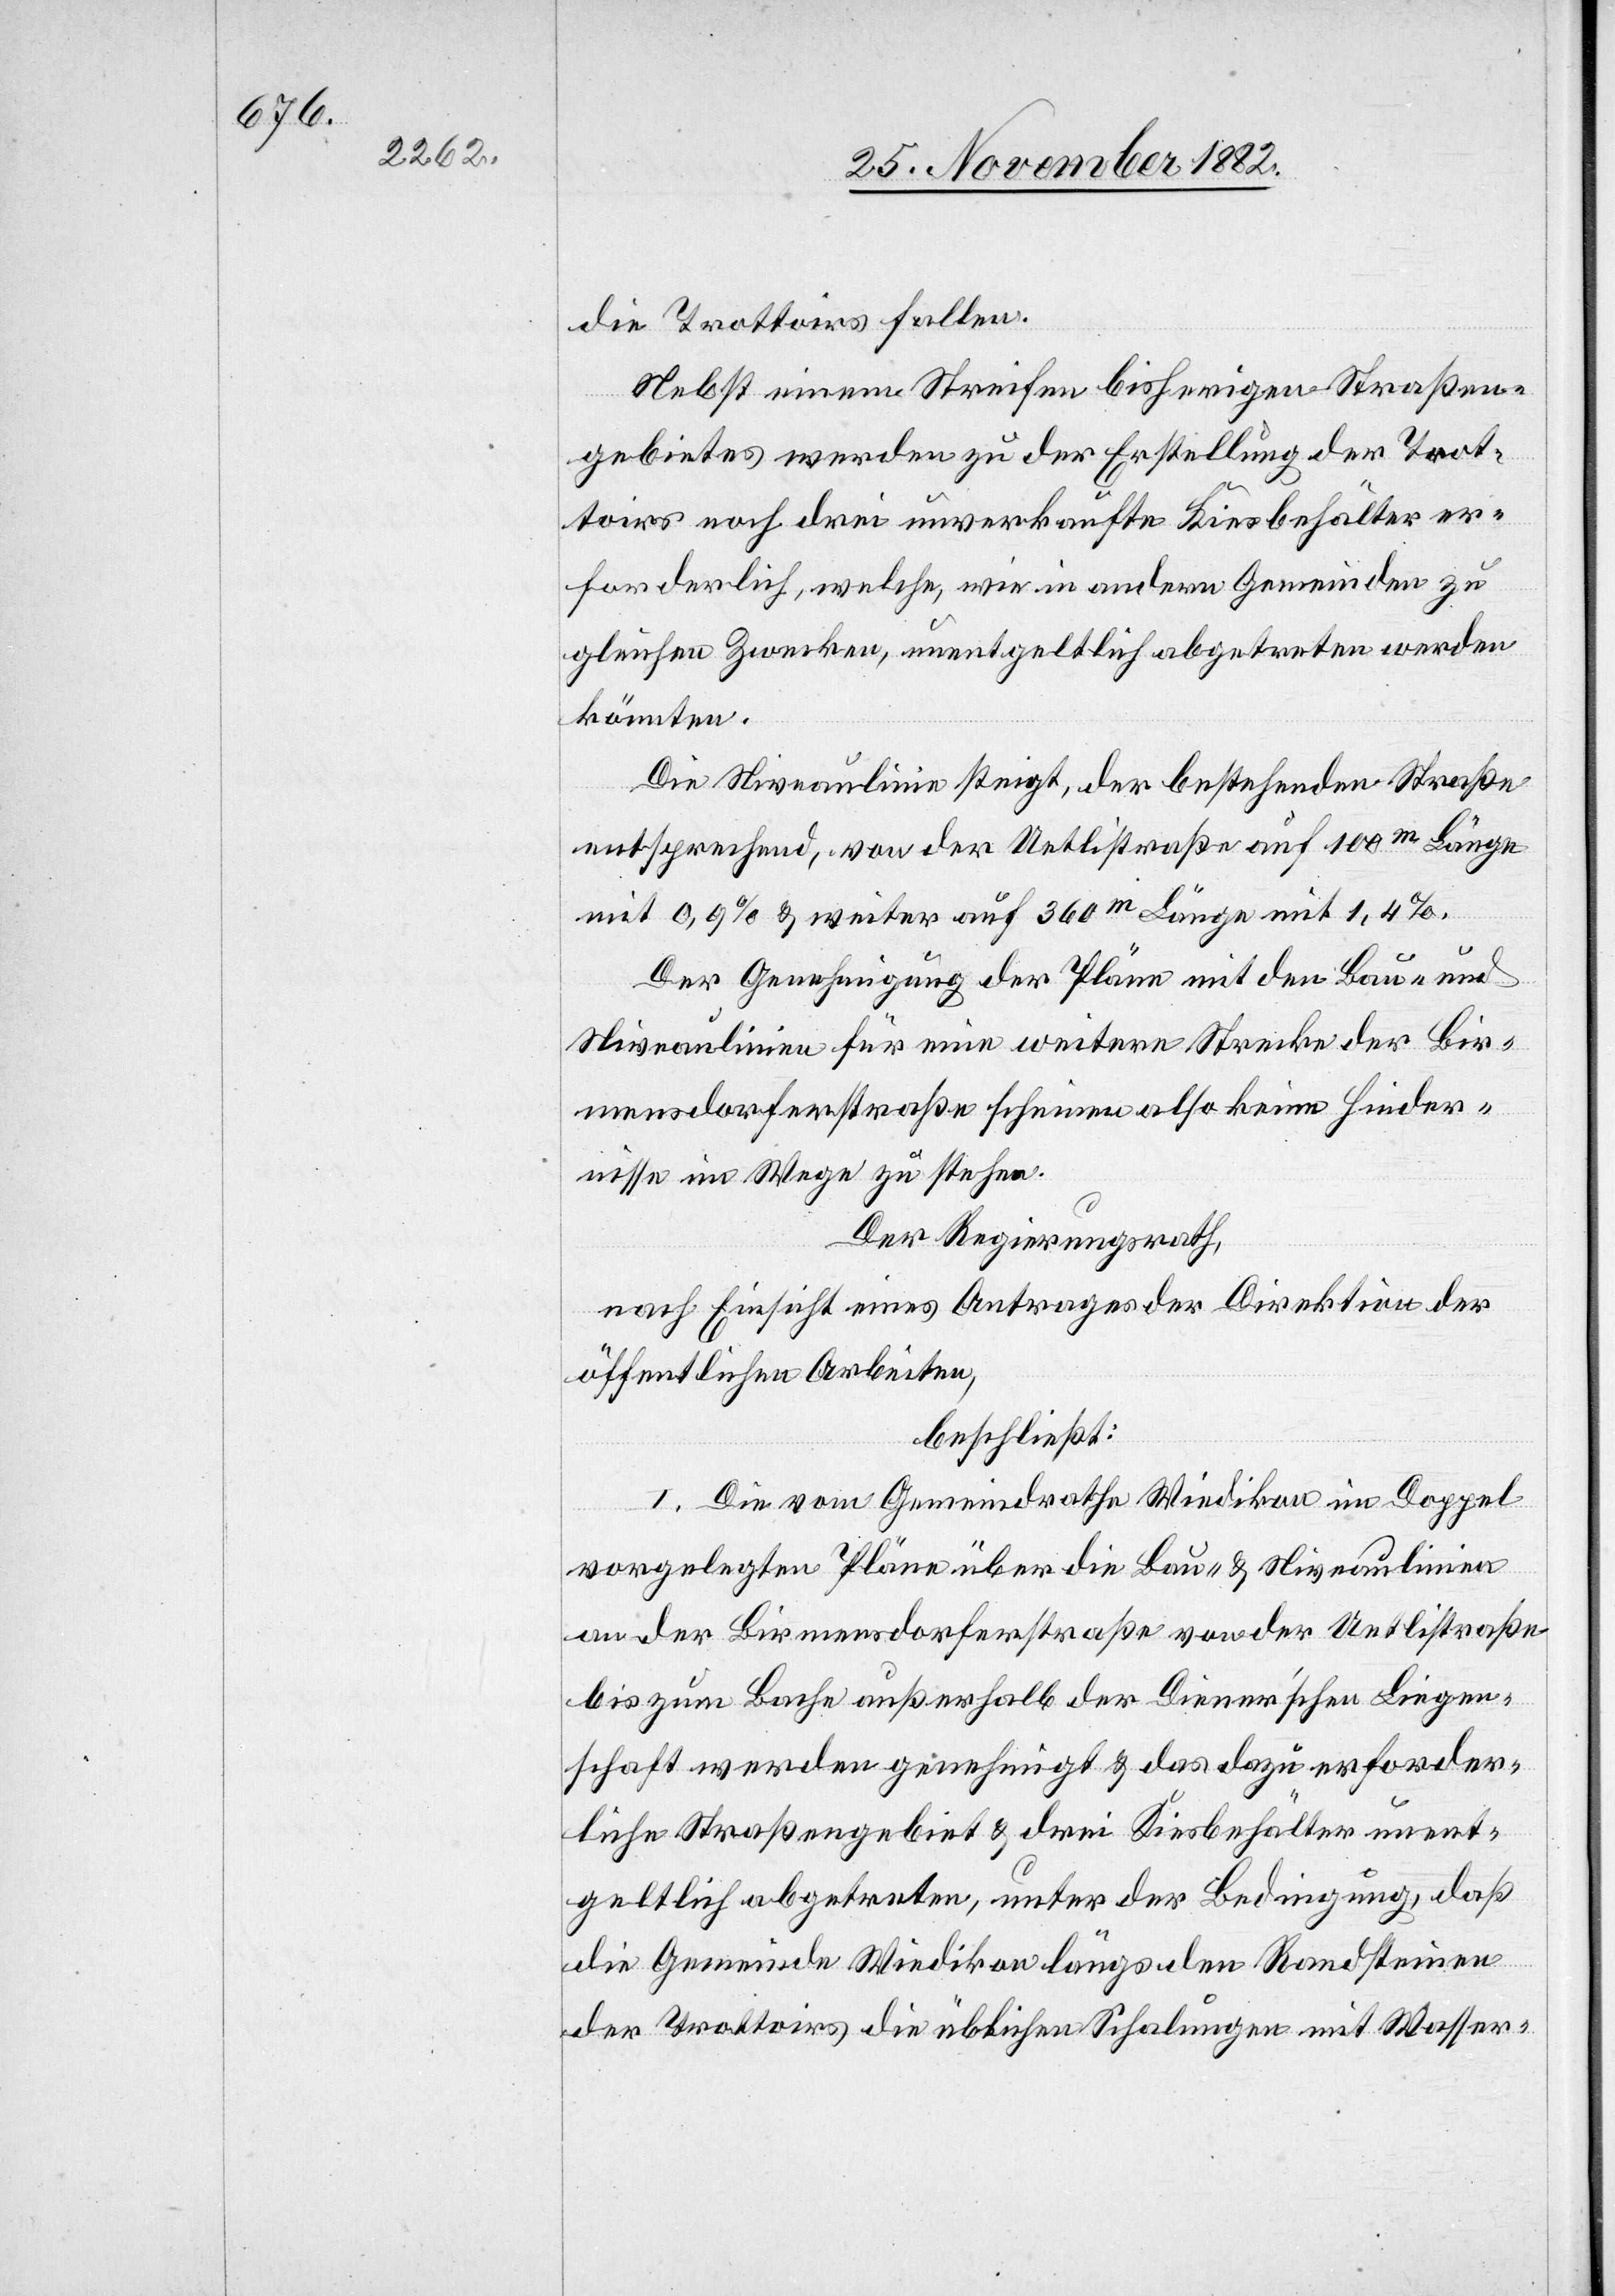
die Trottoirs fallen.
Nebst einem Streifen bisherigen Straßen¬
gebietes werden zu der Erstellung der Trot¬
toirs noch drei unverkaufte Kiesbehälter er¬
forderlich, welche, wie in andern Gemeinden zu
gleichen Zwecken, unentgeltlich abgetreten werden
könnten.
Die Niveaulinie steigt, der bestehenden Straße
entsprechend, von der Uetlistraße auf 100m Länge
mit 0,9% & weiter auf 360m Länge mit 1,4%.
Der Genehmigung der Pläne mit den bau- und
Niveaulinien für eine weitere Strecke der Bir¬
mensdorferstraße scheinen also keine Hinder¬
nisse im Wege zu stehen.
Der Regierungsrath,
nach Einsicht eines Antrages der Direktion der
öffentlichen Arbeiten,
beschließt:
I. Die vom Gemeindrathe Wiedikon im Doppel
vorgelegten Pläne über die Bau- & Niveaulinien
an der Birmensdorferstraße von der Uetlistraße
bis zum Bache außerhalb der Diener’schen Liegen¬
schaft werden genehmigt & das dazu erforder¬
liche Straßengebiet & drei Kiesbehälter unent¬
geltlich abgetreten, unter der Bedingung, daß
die Gemeinde Wiedikon längs den Randsteinen
der Trottoirs die üblichen Schalungen mit Wasser-